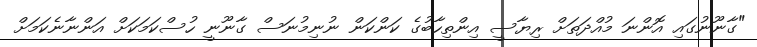
"ގާނޫނުގައި އޮންނަ މުއްދަތަށް ރިޔާސީ އިންތިހާބުގެ ކަންކަން ނުނިމުނަސް ގާނޫނީ ހުސްކަމަކަށް އަންނާނެކަމަށް